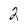
Character: 2